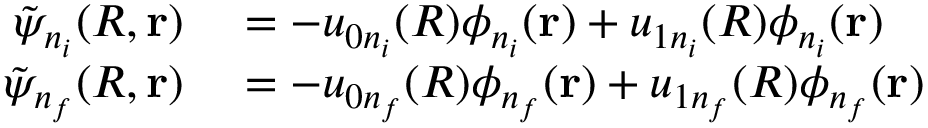
\begin{array} { r l } { \tilde { \psi } _ { n _ { i } } ( R , \mathbf { r } ) } & { { } = - u _ { 0 n _ { i } } ( R ) \phi _ { n _ { i } } ( \mathbf { r } ) + u _ { 1 n _ { i } } ( R ) \phi _ { n _ { i } } ( \mathbf { r } ) } \\ { \tilde { \psi } _ { n _ { f } } ( R , \mathbf { r } ) } & { { } = - u _ { 0 n _ { f } } ( R ) \phi _ { n _ { f } } ( \mathbf { r } ) + u _ { 1 n _ { f } } ( R ) \phi _ { n _ { f } } ( \mathbf { r } ) } \end{array}